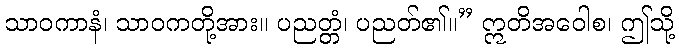
သာဝကာနံ၊ သာဝကတို့အား။ ပညတ္တံ၊ ပညတ်၏။” ဣတိအဝေါစ၊ ဤသို့